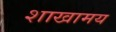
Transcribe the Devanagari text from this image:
शाखामय